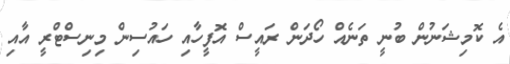
އެ ކޮމިޝަނުން ބުނީ ތަނެއް ހޯދަން ރައީސް އޮފީހާއި ހައުސިން މިނިސްޓްރީ އާއި